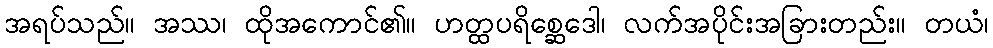
အရပ်သည်။ အဿ၊ ထိုအကောင်၏။ ဟတ္ထပရိစ္ဆေဒေါ၊ လက်အပိုင်းအခြားတည်း။ တယံ၊